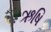
ઋષિ